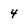
Character: 4